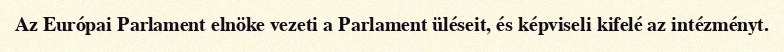
Az Európai Parlament elnöke vezeti a Parlament üléseit, és képviseli kifelé az intézményt.